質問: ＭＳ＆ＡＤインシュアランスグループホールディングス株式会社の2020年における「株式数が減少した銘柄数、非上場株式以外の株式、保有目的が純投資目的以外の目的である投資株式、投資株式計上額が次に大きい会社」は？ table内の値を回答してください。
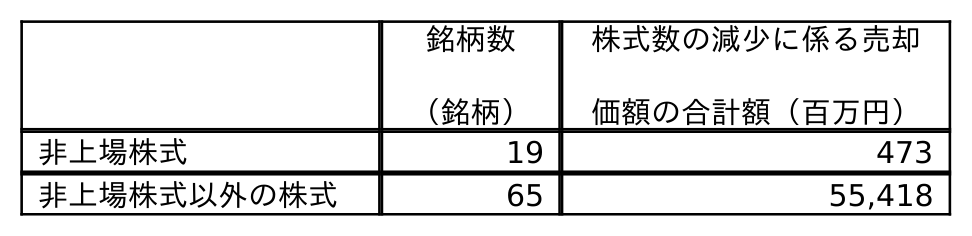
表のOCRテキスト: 銘柄数 （銘柄） 株式数の減少に係る売却 価額の合計額（百万円） 非上場株式 19 473 非上場株式以外の株式 65 55,418
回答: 65